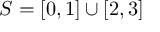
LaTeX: S = [ 0 , 1 ] \cup [ 2 , 3 ]